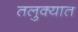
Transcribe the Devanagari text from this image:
तलुक्यात